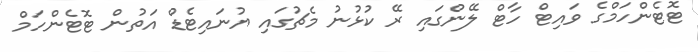
ޓޮޓެންހަމްގެ ވައިޓް ހާޓް ލޭންގައި ރޭ ކުޅުނު މެޗުގައި ޔުނައިޓެޑް އަތުން ޓޮޓެންހަމް